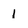
Character: 1